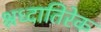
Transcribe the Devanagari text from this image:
श्रध्दातिरेक